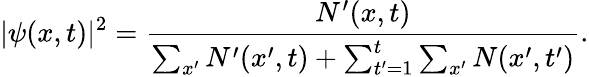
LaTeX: |\psi(x,t)|^{2}=\frac{N^{\prime}(x,t)}{\sum_{x^{\prime}}N^{\prime}(x^{\prime},t)+\sum_{t^{\prime}=1}^{t}\sum_{x^{\prime}}N(x^{\prime},t^{\prime})}.